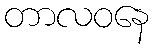
တာလဝနေ